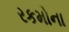
રકમોના